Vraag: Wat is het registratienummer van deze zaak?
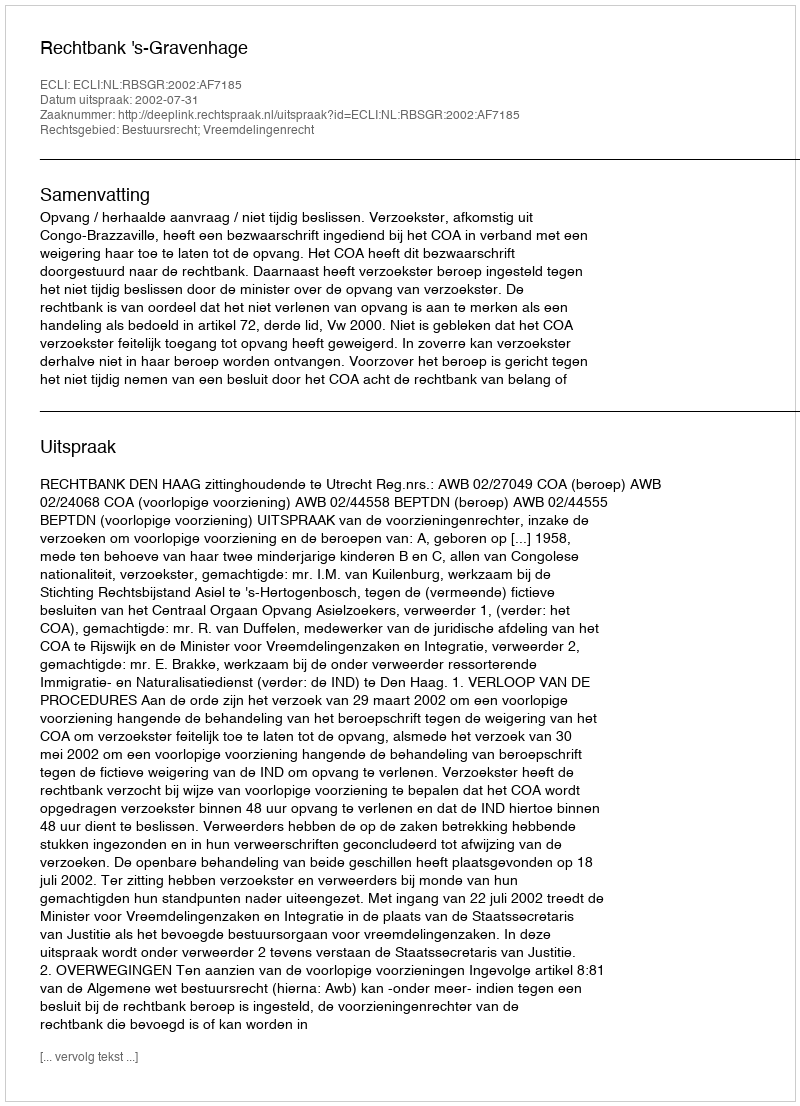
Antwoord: http://deeplink.rechtspraak.nl/uitspraak?id=ECLI:NL:RBSGR:2002:AF7185